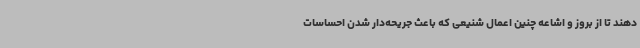
دهند تا از بروز و اشاعه چنین اعمال شنیعی که باعث جریحه‌دار شدن احساسات